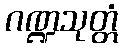
ဂဏ္ဍသုတ္တံ